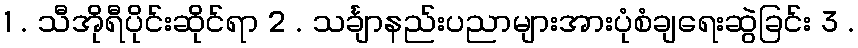
1 . သီအိုရီပိုင်းဆိုင်ရာ 2 . သင်္ချာနည်းပညာများအားပုံစံချရေးဆွဲခြင်း 3 .